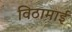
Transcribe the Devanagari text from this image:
विठामाई